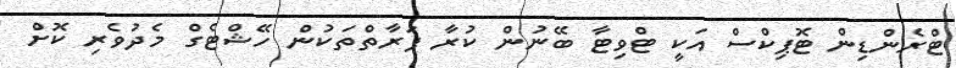
ޓްރެންޑިން ޓޮޕިކްސް އަކީ ޓްވިޓާ ބޭނުން ކުރާ ފަރާތްތަކުން ހޭޝްޓެގް މެދުވެރި ކޮށް